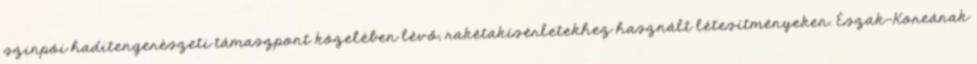
szinpói haditengerészeti támaszpont közelében lévő, rakétakísérletekhez használt létesítményeken. Észak-Koreának